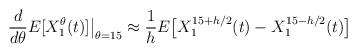
LaTeX: \begin{align*}\frac{d}{d\theta}E[X_{1}^\theta(t)] \big|_{\theta= 15}\approx \frac1hE\big[ X_{1}^{15+h/2}(t) -X_{1}^{15-h/2}(t) \big] \quad\end{align*}